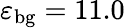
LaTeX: \varepsilon_{\mathrm{{bg}}}=11.0